Annual administration report of the Civil Veterinary Department of India - 1909-1910
Year: 1909
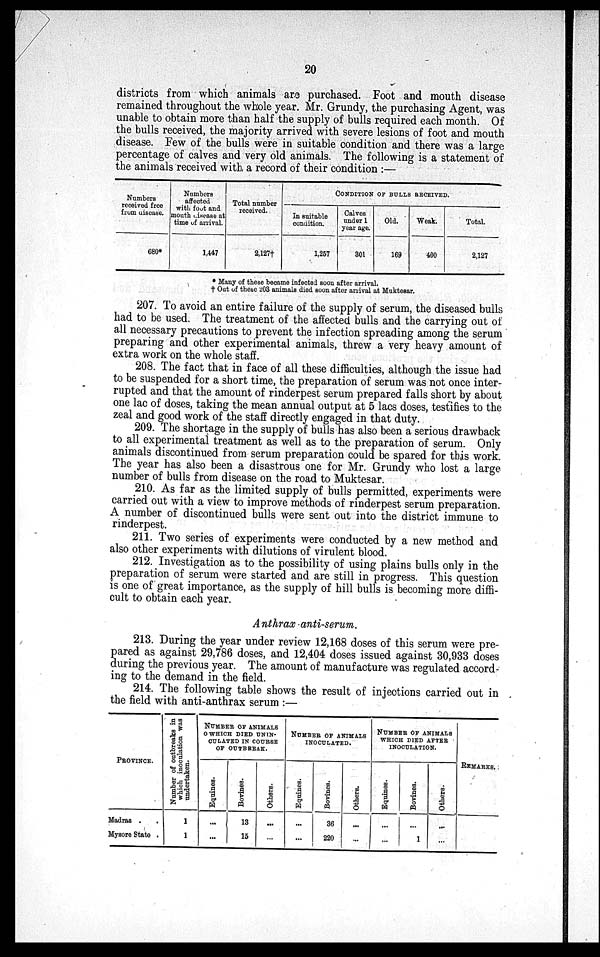
20
districts from which animals are purchased. Foot and mouth disease
remained throughout the whole year. Mr. Grundy, the purchasing Agent, was
unable to obtain more than half the supply of bulls required each month. Of
the bulls received, the majority arrived with severe lesions of foot and mouth
disease. Few of the bulls were in suitable condition and there was a large
percentage of calves and very old animals. The following is a statement of
the animals received with, a record of their condition :—
Numbers
received free
from disease.
680*
Numbers
affected
with foot and
mouth disease at
time of arrival.
1,447
Total number
received.
2,127†
CONDITION OF BULLS RECEIVED.
In suitable
condition.
1,257
Calves
under 1
year age.
301
Old.
169
Weak.
400
Total.
2,127
* Many of these became infected soon after arrival.
† Out of these 203 animals died soon after arrival at Muktesar.
207. To avoid an entire failure of the supply of serum, the diseased bulls
had to be used. The treatment of the affected bulls and the carrying out of
all necessary precautions to prevent the infection spreading among the serum
preparing and other experimental animals, threw a very heavy amount of
extra work on the whole staff.
208. The fact that in face of all these difficulties, although the issue had
to be suspended for a short time, the preparation of serum was not once inter-
rupted and that the amount of rinderpest serum prepared falls short by about
one lac of doses, taking the mean annual output at 5 lacs doses, testifies to the
zeal and good work of the staff directly engaged in that duty.
209. The shortage in the supply of bulls has also been a serious drawback
to all experimental treatment as well as to the preparation of serum. Only
animals discontinued from serum preparation could be spared for this work.
The year has also been a disastrous one for Mr. Grundy who lost a large
number of bulls from disease on the road to Muktesar.
210. As far as the limited supply of bulls permitted, experiments were
carried out with a view to improve methods of rinderpest serum preparation.
A number of discontinued bulls were sent out into the district immune to
rinderpest.
211. Two series of experiments were conducted by a new method and
also other experiments with dilutions of virulent blood.
212. Investigation as to the possibility of using plains bulls only in the
preparation of serum were started and are still in progress. This question
is one of great importance, as the supply of hill bulls is becoming more diffi-
cult to obtain each year.
Anthrax anti-serum.
213. During the year under review 12,168 doses of this serum were pre-
pared as against 29,786 doses, and 12,404 doses issued against 30,933 doses
during the previous year. The amount of manufacture was regulated accord-
ing to the demand in the field.
214. The following table shows the result of injections carried out in
the field with anti-anthrax serum :—
PROVINCE.
Madras . .
Mysore State .
Number of outbreaks in
which inoculation was
undertaken.
1
1
NUMBER OF ANIMALS
WHICH DIED UNIN-
OCULATED IN COURSE
OF OUTBREAK.
Equines.
...
...
Bovines.
13
15
Others.
...
...
NUMBER OF ANIMALS
INOCULATED.
Equines.
...
...
Bovines.
36
220
Others.
...
...
NUMBER OF ANIMALS
WHICH DIED AFTER
INOCULATION.
Equines.
...
...
Bovines.
...
1
Others.
...
...
REMARKS.